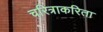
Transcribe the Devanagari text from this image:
चरित्राकरिता